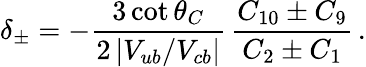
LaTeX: \delta_{\pm}=-\frac{3\cot\theta_{C}}{2\, |V_{ub}/V_{cb}|}\, \frac{C_{10}\pm C_{9}}{C_{2}\pm C_{1}}\, .